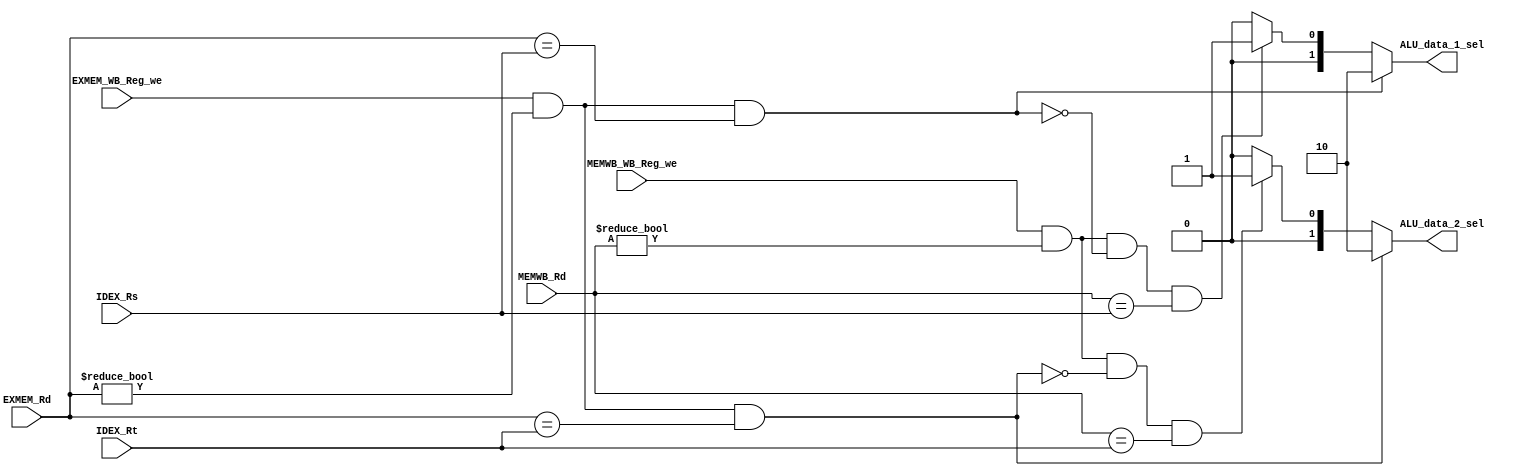
module ForwardingUnit (
	input				EXMEM_WB_Reg_we,
	input				MEMWB_WB_Reg_we,
	input		[4:0]	IDEX_Rs,
	input		[4:0]	IDEX_Rt,
	input		[4:0]	EXMEM_Rd,
	input		[4:0]	MEMWB_Rd,
	output reg	[1:0]	ALU_data_1_sel,
	output reg	[1:0]	ALU_data_2_sel
);

	/**
	 * 00 -> no hazard
	 * 10 -> EX-hazard
	 * 01 -> MEM-hazard
	 */
	
	always @ (*)
	begin
		if (EXMEM_WB_Reg_we && (EXMEM_Rd != 0) && (EXMEM_Rd == IDEX_Rs))
			ALU_data_1_sel <= 2'b10;
		else if (MEMWB_WB_Reg_we && (MEMWB_Rd != 0) && !((EXMEM_WB_Reg_we && (EXMEM_Rd != 0)) && (EXMEM_Rd == IDEX_Rs)) && (MEMWB_Rd == IDEX_Rs))
			ALU_data_1_sel <= 2'b01;
		else
			ALU_data_1_sel <= 2'b00;

		if (EXMEM_WB_Reg_we && (EXMEM_Rd != 0) && (EXMEM_Rd == IDEX_Rt))
			ALU_data_2_sel <= 2'b10;
		else if (MEMWB_WB_Reg_we && (MEMWB_Rd != 0) && !((EXMEM_WB_Reg_we && (EXMEM_Rd != 0)) && (EXMEM_Rd == IDEX_Rt)) && (MEMWB_Rd == IDEX_Rt))
			ALU_data_2_sel <= 2'b01;
		else
			ALU_data_2_sel <= 2'b00;
	end

endmodule